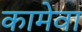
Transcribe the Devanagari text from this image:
कामेवा